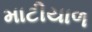
માટીયાળ